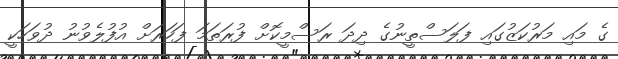
ގެ މައި މަރުކަޒުގައި ފަލަސްތީނުގެ ދިދަ ރަސްމީކޮށް ފުރަތަމަ ފަހަރަށް އުފުލެވުނު ދުވަހަކީ